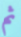
ثم